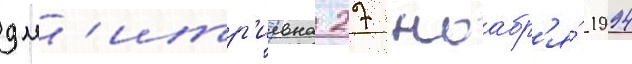
дм'итр'иевна 27 ноабр'я́ 1994